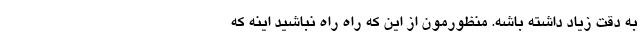
به دقت زیاد داشته باشه. منظورمون از این که راه راه نباشید اینه که